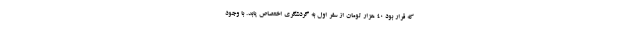
که قرار بود ۴۰ هزار تومان از سفر اول به گردشگری اختصاص یابد. با وجود